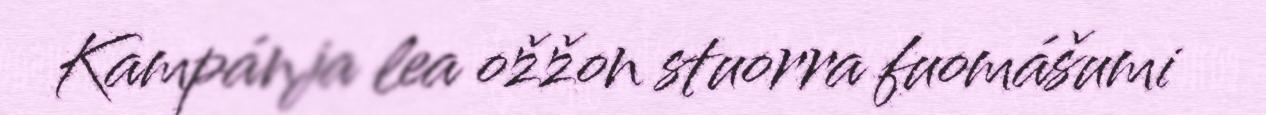
Kampánja lea ožžon stuorra fuomášumi